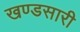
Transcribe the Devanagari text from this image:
खण्डसारी